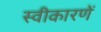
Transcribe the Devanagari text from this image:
स्वीकारणें